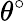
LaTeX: \theta^{\circ}